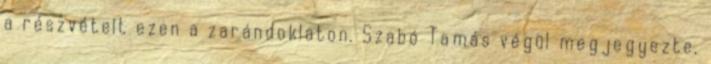
a részvételt ezen a zarándoklaton. Szabó Tamás végül megjegyezte,